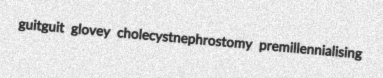
guitguit glovey cholecystnephrostomy premillennialising